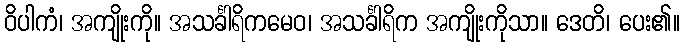
ဝိပါကံ၊ အကျိုးကို။ အသင်္ခါရိကမေဝ၊ အသင်္ခါရိက အကျိုးကိုသာ။ ဒေတိ၊ ပေး၏။